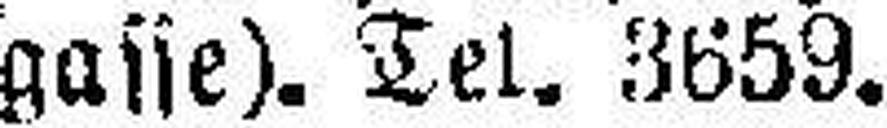
gasse). Tel. 3659.